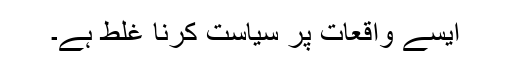
ایسے واقعات پر سیاست کرنا غلط ہے۔